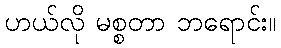
ဟယ်လို မစ္စတာ ဘရောင်း။